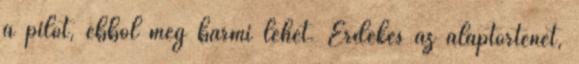
a pilot, ebből még bármi lehet. Érdekes az alaptörténet,